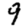
Digit: 9